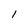
Character: 1